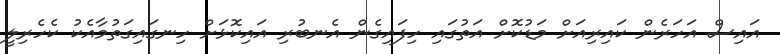
އައިސް އަހަރެން ކައިރިއަށް މަޑުކޮށް އަތުގައި ހިފައިގެން އެނބުރި އައިކޮޅަށް ހިނގައިގަތުމާއެކު ކެހެރިލީ